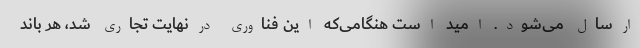
ارسال می‌شود. امید است هنگامی‌که این فناوری درنهایت تجاری شد، هر باند